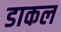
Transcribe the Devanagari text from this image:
डाकल